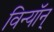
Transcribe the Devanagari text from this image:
विन्यॉन्